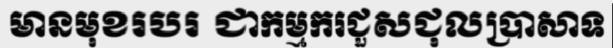
មានមុខរបរ ជាកម្មករជួសជុលប្រាសាទ